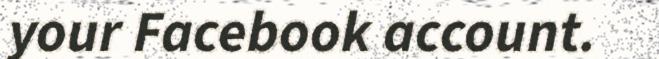
your Facebook account.